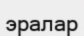
эралар